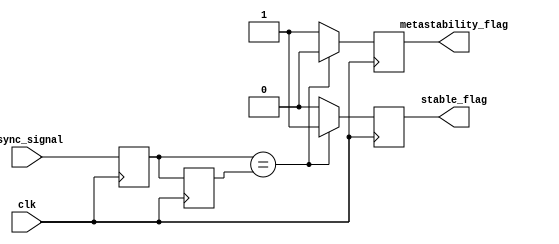
module metastability_detector (
    input wire clk,              // Clock signal
    input wire async_signal,     // Asynchronous input signal to monitor
    output reg metastability_flag, // Flag indicating metastability
    output reg stable_flag        // Flag indicating stable output
);

    // Internal signals for latches
    reg latch1_out;              // Output of the first latch
    reg latch2_out;              // Output of the second latch

    // Latch behavior for the first latch
    always @(posedge clk) begin
        latch1_out <= async_signal; // Sample async_signal on clock edge
    end

    // Latch behavior for the second latch
    always @(posedge clk) begin
        latch2_out <= latch1_out; // Sample output of the first latch
    end

    // Metastability detection logic
    always @(posedge clk) begin
        // Check if latch1_out is stable or metastable
        if (latch1_out == latch2_out) begin
            metastability_flag <= 1'b0; // No metastability detected
            stable_flag <= 1'b1;         // Output is stable
        end else begin
            metastability_flag <= 1'b1;  // Metastability detected
            stable_flag <= 1'b0;         // Output is not stable
        end
    end

endmodule